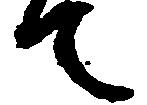
て